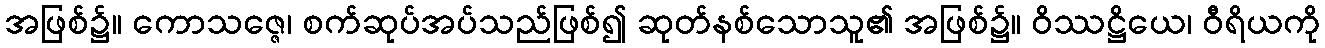
အဖြစ်၌။ ကောသဇ္ဇေ၊ စက်ဆုပ်အပ်သည်ဖြစ်၍ ဆုတ်နစ်သောသူ၏ အဖြစ်၌။ ဝိဿဋ္ဌိယေ၊ ဝီရိယကို